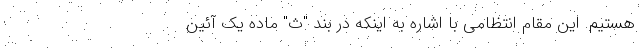
هستیم. این مقام انتظامی با اشاره به اینکه در بند "ث" ماده یک آئین